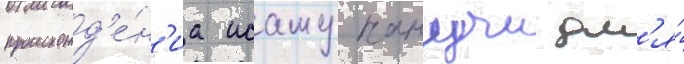
происхожд'е́н'иа исаму нанучи дл'я́